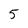
Character: 5